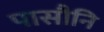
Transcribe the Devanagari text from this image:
पासौनि